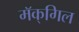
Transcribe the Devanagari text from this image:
मॅक्‌गिल